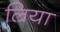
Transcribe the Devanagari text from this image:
ल्रिया